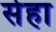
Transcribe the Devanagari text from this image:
र्सहा